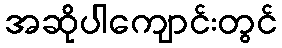
အဆိုပါကျောင်းတွင်